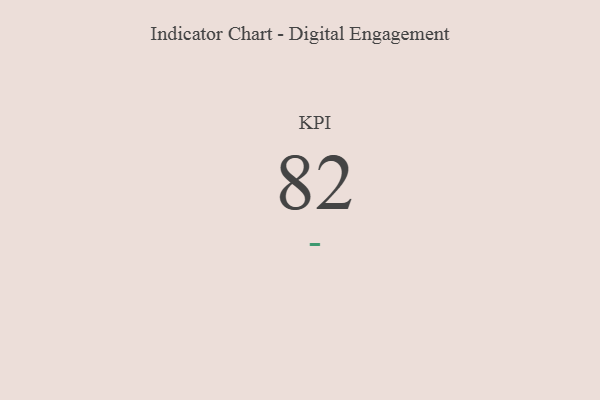
{"axis": {"x": "KPI", "y": "Value"}, "legend": [""], "data": [{"x": "KPI", "y": 82, "type": ""}]}